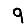
Digit: 9